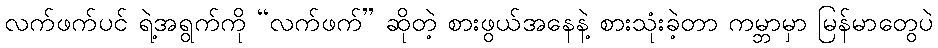
လက်ဖက်ပင် ရဲ့အရွက်ကို “လက်ဖက်” ဆိုတဲ့ စားဖွယ်အနေနဲ့ စားသုံးခဲ့တာ ကမ္ဘာမှာ မြန်မာတွေပဲ